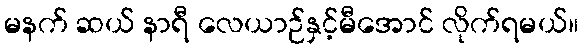
မနက် ဆယ် နာရီ လေယာဉ်နှင့်မီအောင် လိုက်ရမယ်။